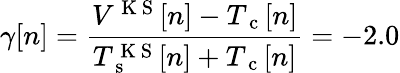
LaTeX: \gamma[n]=\frac{V^{\mathrm{~K~S~}}[n]-T_{\mathrm{~c~}}[n]}{T_{\mathrm{~s~}}^{\mathrm{~K~S~}}[n]+T_{\mathrm{~c~}}[n]}=-2.0